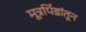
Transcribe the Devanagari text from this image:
मूत्रपिंडांतून